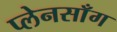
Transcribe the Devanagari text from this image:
प्लेनसाँग